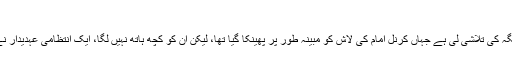
کرنل امام کی لاش ابھی تک نہیں ملی
شمالی وزیرستان میں حکام نے اس جگہ کی تلاشی لی ہے جہاں کرنل امام کی لاش کو مبینہ طور پر پھینکا گیا تھا، لیکن ان کو کچھ ہاتھ نہیں لگا، ایک انتظامی عہدیدار نے نام نہ ظاہر کرنے کی شرط پر کہا۔